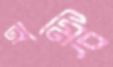
হামিং